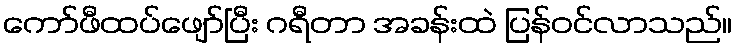
ကော်ဖီထပ်ဖျော်ပြီး ဂရီတာ အခန်းထဲ ပြန်ဝင်လာသည်။